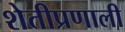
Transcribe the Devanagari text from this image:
शेतीप्रणाली